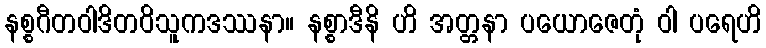
နစ္စဂီတဝါဒိတဝိသူကဒဿနာ။ နစ္စာဒီနိ ဟိ အတ္တနာ ပယောဇေတုံ ဝါ ပရေဟိ